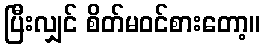
ပြီးလျှင် စိတ်မဝင်စားတော့။